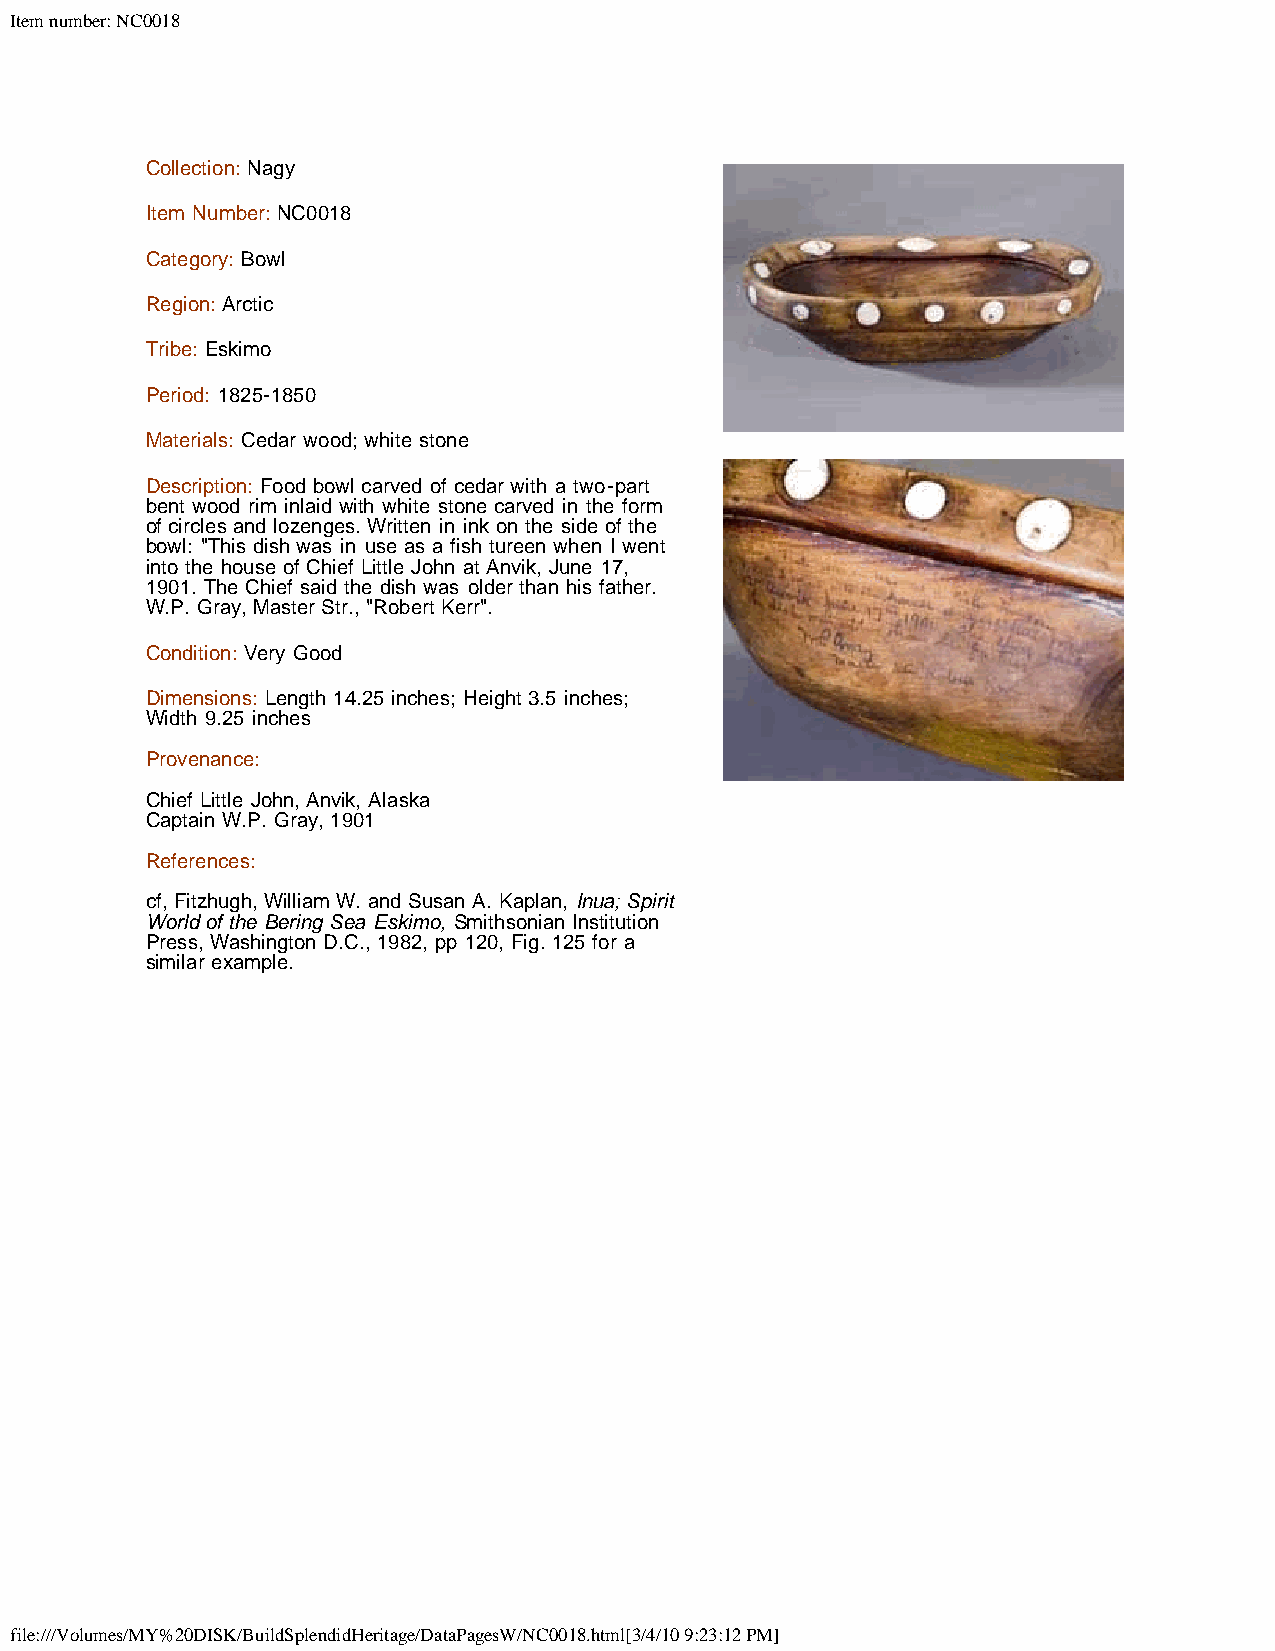
Item number: NC0018
 Collection: Nagy
 Item Number: NC0018
 Category: Bowl
 Region: Arctic
 Tribe: Eskimo
 Period: 1825-1850
 Materials: Cedar wood; white stone
 Description: Food bowl carved of cedar with a two-part
 bent wood rim inlaid with white stone carved in the form
 of circles and lozenges. Written in ink on the side of the
 bowl: "This dish was in use as a fish tureen when I went
 into the house of Chief Little John at Anvik, June 17,
 1901. The Chief said the dish was older than his father.
 W.P. Gray, Master Str., "Robert Kerr".
 Condition: Very Good
 Dimensions: Length 14.25 inches; Height 3.5 inches;
 Width 9.25 inches
 Provenance:
 Chief Little John, Anvik, Alaska
 Captain W.P. Gray, 1901
 References:
 cf, Fitzhugh, William W. and Susan A. Kaplan, Inua; Spirit
 World of the Bering Sea Eskimo, Smithsonian Institution
 Press, Washington D.C., 1982, pp 120, Fig. 125 for a
 similar example.
 file:///Volumes/MY%20DISK/BuildSplendidHeritage/DataPagesW/NC0018.html[3/4/10 9:23:12 PM]